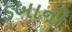
ડબાની